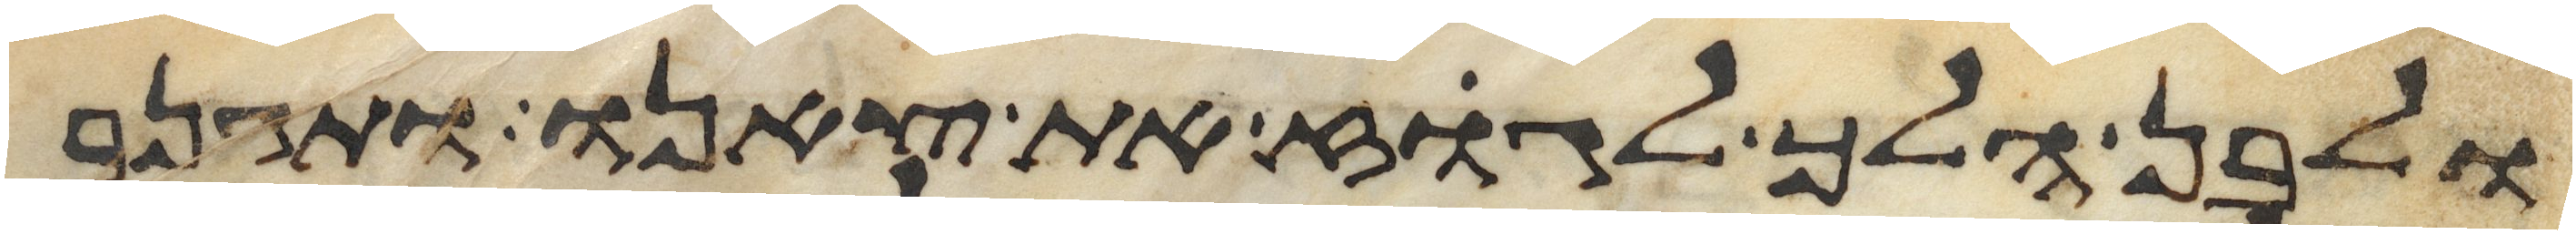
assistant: ולבן הלך לגוז את צאנו ותגנב